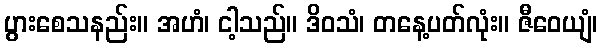
ပွားစေသနည်း။ အဟံ၊ ငါ့သည်။ ဒိဝသံ၊ တနေ့ပတ်လုံး။ ဇီဝေယျံ၊